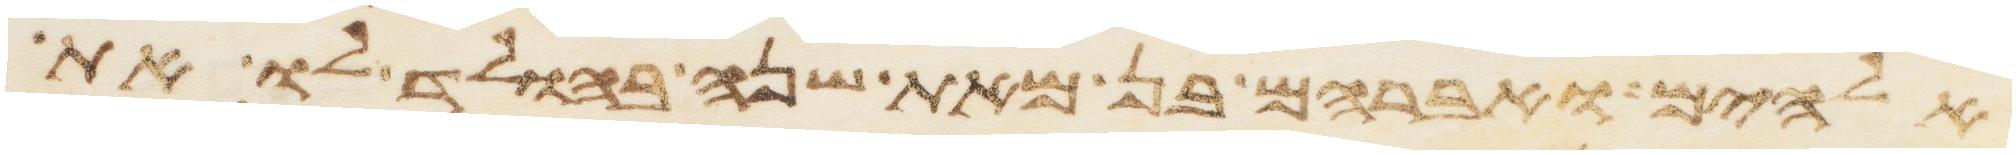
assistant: אלהים ואברהם בן מאת שנה בהולד לו את